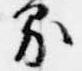
界